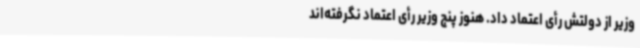
وزیر از دولتش رأی اعتماد داد. هنوز پنج وزیر رأی اعتماد نگرفته‌اند